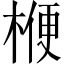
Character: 楩